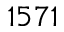
1 5 7 1